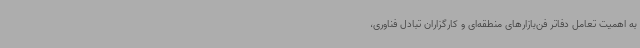
به اهمیت تعامل دفاتر فن‌بازارهای منطقه‌ای و کارگزاران تبادل فناوری،